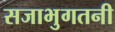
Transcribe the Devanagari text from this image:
सजाभुगतनी